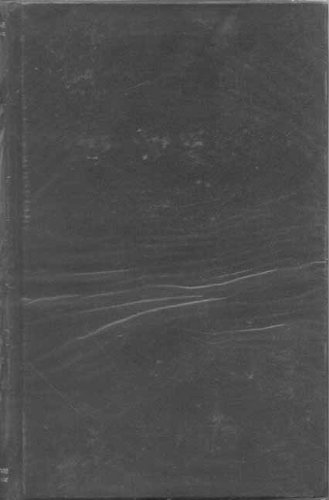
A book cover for Vedanta Sutras with the Commentary of Sankaracarya, Part 1; Badarayana; Religion & Spirituality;